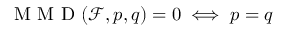
\mathrm { ~ M ~ M ~ D ~ } ( \mathcal { F } , p , q ) = 0 \iff p = q